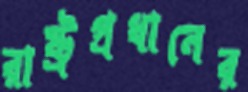
রাষ্ট্রপ্রধানের